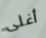
أغلى